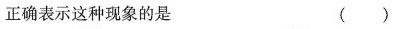
正确表示这种现象的是 ( )